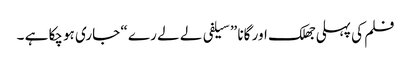
فلم کی پہلی جھلک اور گانا ” سیلفی لے لے رے “ جاری ہوچکا ہے ۔